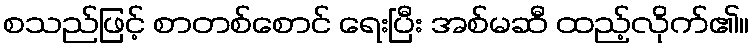
စသည်ဖြင့် စာတစ်စောင် ရေးပြီး အစ်မဆီ ထည့်လိုက်၏။